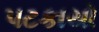
પટકાયો